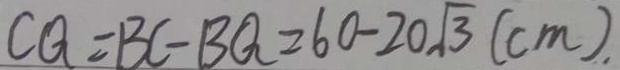
C Q = B C - B Q = 6 0 - 2 0 \sqrt { 3 } ( c m ) \cdot